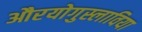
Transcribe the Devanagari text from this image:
औरयोगुस्लाविया